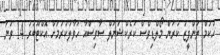
ހުކުމް ތަންފީޒު ކުރަން މޯލްޑިވްސް ކަރެކްޝަނަލް ސާވިސްއާ ހަވާލުކުރުމަށް އޮކްޓޫބަރު 14 ވަނަ